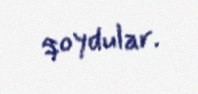
qoydular.